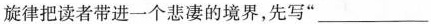
的旋律把读者带进一个悲凄的境界，先写”___